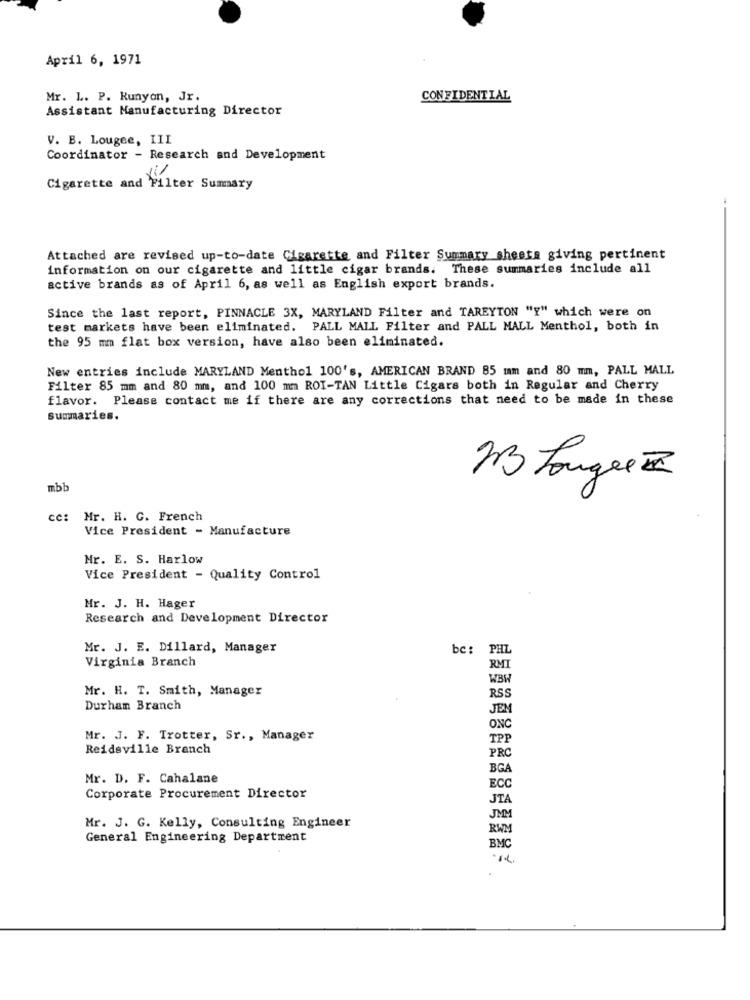
April 6, 1971
Mr. L. P. Runyan, Jr.
CONFIDENTIAL
Assistant Manufacturing Director
V. B. Lougee, III
Coordinator - Research and Development
Cigarette and Filter Summary
Attached are revised up-to-date Cigarette and Filter Summary sheets giving pertinent
information on our cigarette and little cigar brands. These summaries include all
active brands as of April 6, as well as English export brands.
Since the last report, PINNACLE 3X, MARYLAND Filter and TAREYTON "Y" which were on
test markets have been eliminated. PALL MALL Filter and PALL MALL Menthol, both in
the 95 mm flat box version, have also been eliminated.
New entries include MARYLAND Menthol 100's, AMERICAN BRAND 85 mm and 80 mm, PALL MALL
Filter 85 mm and 80 mm, and 100 mm ROI-TAN Little Cigars both in Regular and Cherry
flavor. Please contact me if there are any corrections that need to be made in these
Summaries.
23 Longer
mbb
cc: Mr. H. G. French
Vice President - Manufacture
Mr. E. S. Harlow
Vice President - Quality Control
Mr. J. H. Hager
Research and Development Director
Mr. J. E. Dillard, Manager
bc:
PHI
Virginia Branch
RMI
WBW
Mr. H. T. Smith, Manager
RSS
Durham Branch
JEN
ONC
Mr. J. F. Trotter, Sr ., Manager
TPP
Reidsville Branch
PRO
BG
Mr. D. F. Cahalane
ECO
Corporate Procurement Director
JTA
JMM
Mr. J. G. Kelly, Consulting Engineer
RWM
General Engineering Department
BMC